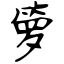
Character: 箩